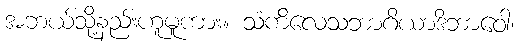
အဘယ်သို့နည်းဟူမူကား။ သံကိလေသဘာဂိယာဒိဘာဝေါ၊